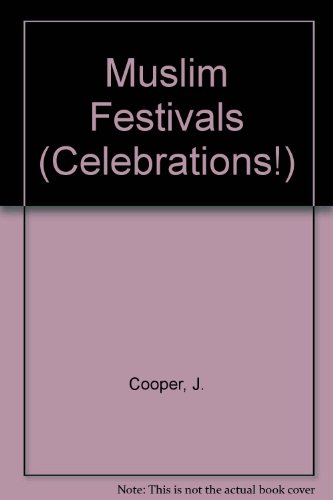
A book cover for Muslim Festivals (Celebrations!); J. Cooper; Children's Books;